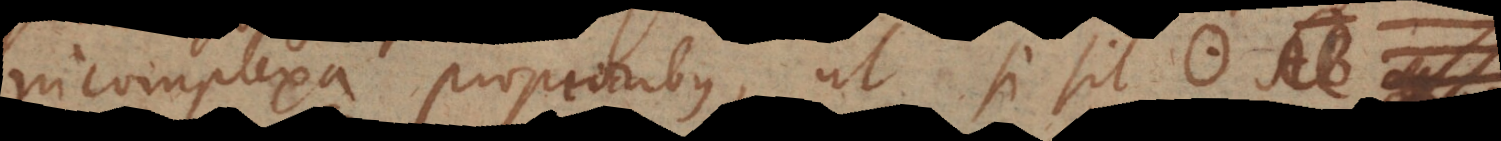
incomplexa propioribus ut si sit 13 14 15